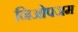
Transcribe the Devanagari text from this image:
निओपजम